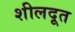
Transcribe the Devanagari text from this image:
शीलदूत